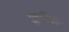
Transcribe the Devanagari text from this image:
सूत्रांपैकी